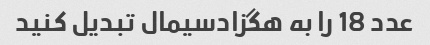
عدد 18 را به هگزادسیمال تبدیل کنید